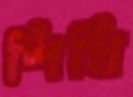
শিথি